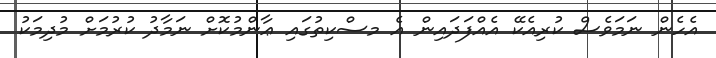
އެހެން ނަމަވެސް ކުރިއެކޭ އެއްފަދައިން އެ މސްކިތުގައި ޢާންމުކޮށް ނަމާދު ކުރުމަށް މުދިމަކު